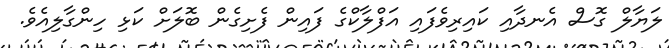
ލަޔާލް ގޮސް އެނދާއި ކައިރިވެފައި އަފްލާކްގެ ފައިން ފެށިގެން ބޮލަށް ކަޅި ހިންގާލިއެވެ.